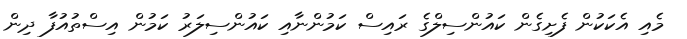
މެއި އެކަކުން ފެށިގެން ކައުންސިލްގެ ރައިސް ކަމުންނާއި ކައުންސިލަރު ކަމުން އިސްތުއުފާ ދިން